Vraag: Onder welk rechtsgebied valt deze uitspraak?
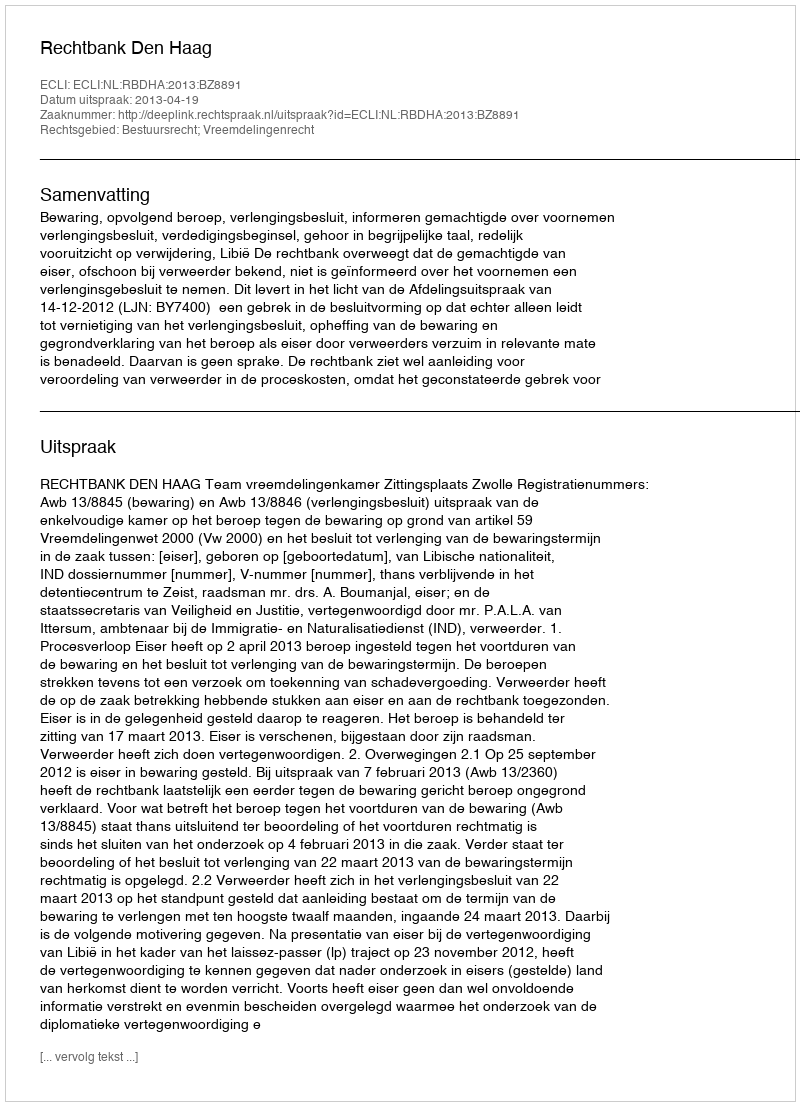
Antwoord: Bestuursrecht; Vreemdelingenrecht